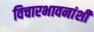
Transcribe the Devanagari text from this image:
विचारभावनांशी